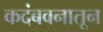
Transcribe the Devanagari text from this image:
कदंबवनातून